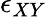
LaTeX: \epsilon_{XY}